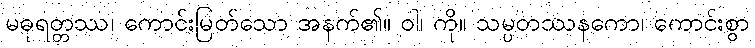
မဓုရတ္တဿ၊ ကောင်းမြတ်သော အနက်၏။ ဝါ၊ ကို။ သမ္ပတဿနကော၊ ကောင်းစွာ